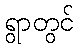
ရွာတွင်